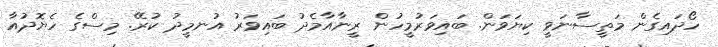
ހޯދައިގެން މަތީސާނަވީ ކިޔަވަން. ބައިވަރުމީހުން ރީނާއާމެދު ބައިވަރު އުނމީދު ކުރޭ. މިސްގެ ހެޔޮދުއާ